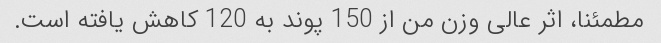
مطمئنا، اثر عالی وزن من از 150 پوند به 120 کاهش یافته است.